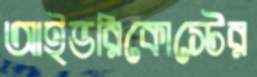
আইভরিকোস্টের